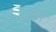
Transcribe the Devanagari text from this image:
प्रमार